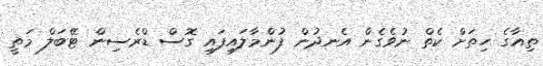
ތިއާގެ ހިތަށް ކެތް ނުވެގެން އެނދުން ފުންމާލައިފައި ގޮސް ޑްރެސިން ޓޭބަލް މަތީ